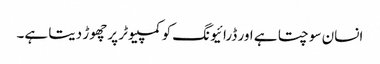
انسان سوچتا ہے اور ڈرائیونگ کو کمپیوٹر پر چھوڑ دیتا ہے۔